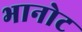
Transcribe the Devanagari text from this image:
भानोट